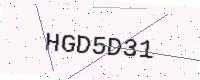
Text: HGD5D31